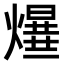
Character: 𤑻